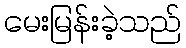
မေးမြန်းခဲ့သည်